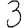
Digit: 3